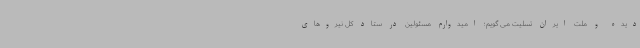
دیده و ملت ایران تسلیت می گویم؛ امیدوارم مسئولین در ستاد کل نیروهای